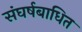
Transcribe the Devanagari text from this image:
संघर्षबाधित